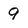
Character: 9